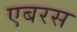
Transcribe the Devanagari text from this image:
एबरस